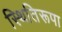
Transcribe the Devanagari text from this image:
स्थितिरूपा